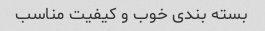
بسته بندی خوب و کیفیت مناسب